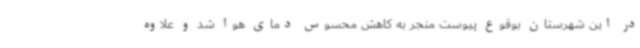
در این شهرستان بوقوع پیوست منجر به کاهش محسوس دمای هوا شد و علاوه